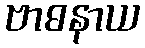
ဗာဓနာယ